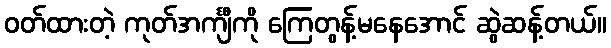
ဝတ်ထားတဲ့ ကုတ်အင်္ကျီကို ကြေတွန့်မနေအောင် ဆွဲဆန့်တယ်။